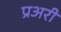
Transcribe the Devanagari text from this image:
प्रअरी